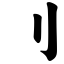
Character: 刂